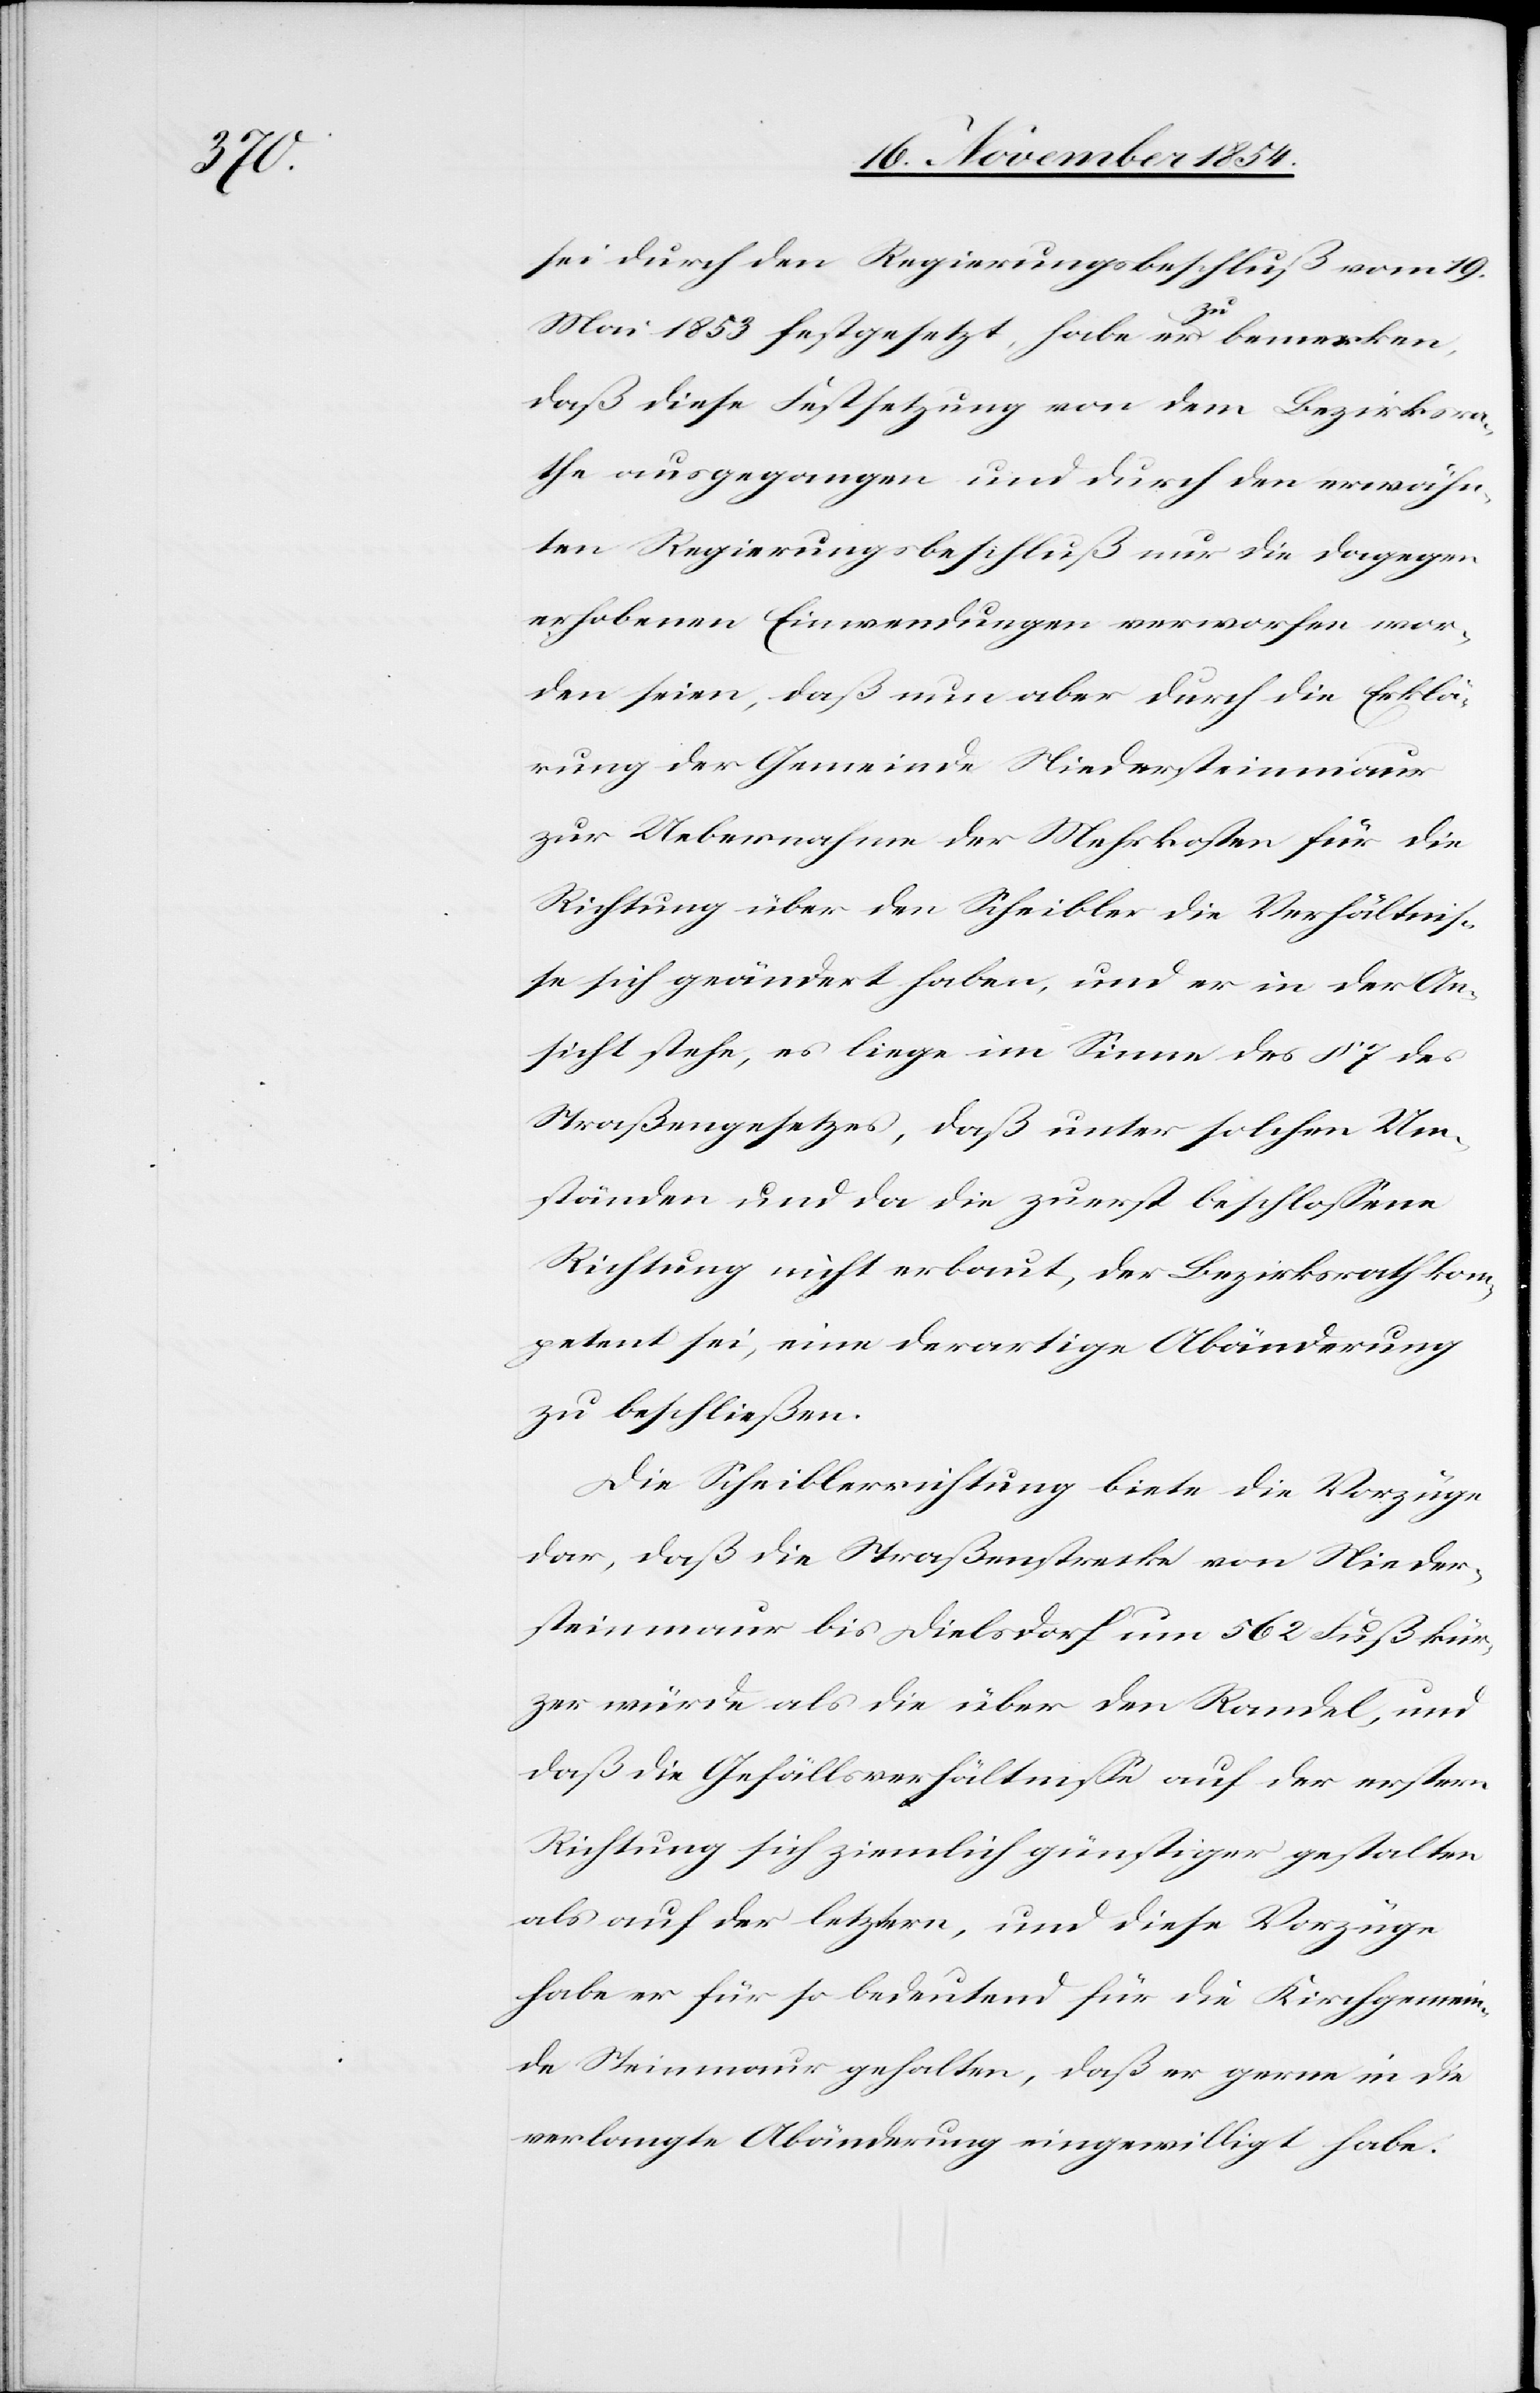
sei durch den Regierungsbeschluß vom 19.
Mai 1853 festgesetzt, habe er a-zu-a bemerken,
daß diese Festsetzung von dem Bezirksra¬
the ausgegangen und durch den erwähn¬
ten Regierungsbeschluß nur die dagegen
erhobenen Einwendungen verworfen wor¬
den seien, daß nun aber durch die Erklä¬
rung der Gemeinde Niedersteinmaur
zur Uebernahme der Mehrkosten für die
Richtung über den Scheibler die Verhältniß¬
e sich geändert haben, und er in der An¬
sicht stehe, es liege im Sinne des § 7 des
Straßengesetzes, daß unter solchen Um¬
ständen und da die zuerst beschloßene
Richtung nicht erbaut, der Bezirksrath kom¬
petent sei, eine derartige Abänderung
zu beschließen.
Die Scheiblerrichtung biete die Vorzüge
dar, daß die Straßenstrecke von Nieder¬
steinmaur bis Dielsdorf um 562 Fuß kür¬
zer würde als die über den Randel, und
daß die Gefällsverhältniße auf der erstern
Richtung sich ziemlich günstiger gestalten
als auf der letztern, und diese Vorzüge
habe er für so bedeutend für die Kirchgemein¬
de Steinmaur gehalten, daß er gerne in die
verlangte Abänderung eingewilligt habe.